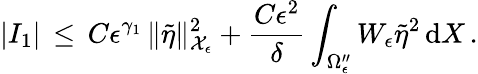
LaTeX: |I_{1}|\, \le\, C\epsilon^{\gamma_{1}}\, \| \tilde{\eta}\| _{\mathcal{X}_{\epsilon}}^{2}+\frac{C\epsilon^{2}}{\delta}\int_{\Omega_{\epsilon}^{\prime\prime}}W_{\epsilon}\tilde{\eta}^{2}\, \mathrm{d}X\, .